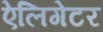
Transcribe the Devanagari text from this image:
ऐलिगेटर